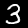
Digit: 3